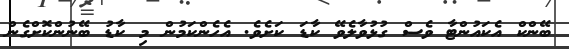
ބޭންކް އެކައުންޓާ ވެސް ގުޅުވާލެވޭ ކާޑަ ކަށެވެ. އެހެންކަމުން މި ކާޑު ބޭނުންކޮށްގެން